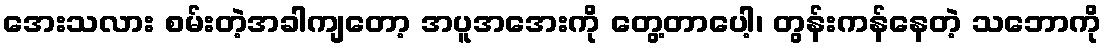
အေးသလား စမ်းတဲ့အခါကျတော့ အပူအအေးကို တွေ့တာပေါ့၊ တွန်းကန်နေတဲ့ သဘောကို